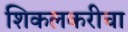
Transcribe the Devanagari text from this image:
शिकलकरीचा